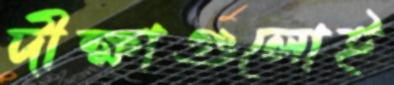
দীক্ষাগুলোই